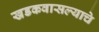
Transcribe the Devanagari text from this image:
खडकवासल्याचे